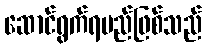
ဆောင်ရွက်ရမည်ဖြစ်သည်